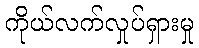
ကိုယ်လက်လှုပ်ရှားမှု